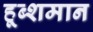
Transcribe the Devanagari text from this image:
हूब्शमान